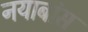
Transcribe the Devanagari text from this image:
नयाबांस